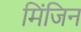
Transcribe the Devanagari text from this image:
मिंजिन